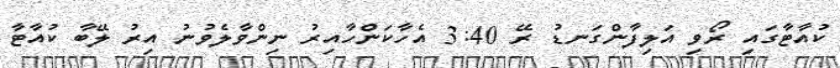
ކުއާޓާގައި ރޯވި އަލިފާންގަނޑު ރޭ 3:40 އެހާކަންހާއިރު ނިންވާލެވުނު އިރު ލޭބާ ކުއާޓާ